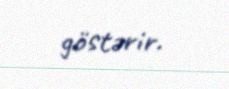
göstərir.